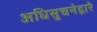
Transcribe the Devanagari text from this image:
अधिसुचनेद्वारे